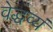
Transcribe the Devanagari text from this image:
वेद्धव्यं